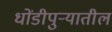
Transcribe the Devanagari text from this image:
धोंडीपुर्‍यातील